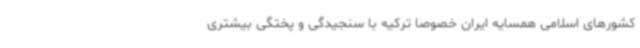
کشورهای اسلامی همسایه ایران خصوصاً ترکیه با سنجیدگی و پختگی بیشتری